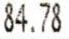
84.78